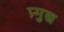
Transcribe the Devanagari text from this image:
प्र्मुख